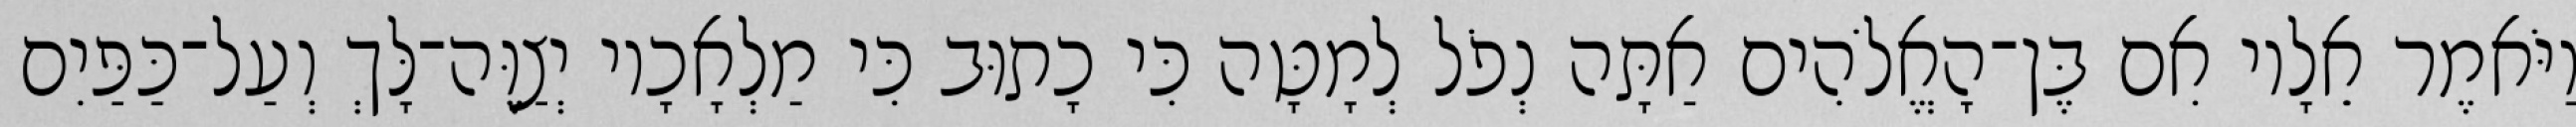
וַיֹּאמֶר אֵלָיו אִם בֶּן־הָאֱלֹהִים אַתָּה נְפֹל לְמָטָּה כִּי כָתוּב כִּי מַלְאָכָיו יְצַוֶּה־לָּךְ וְעַל־כַּפַּיִם